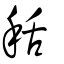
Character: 秳